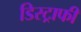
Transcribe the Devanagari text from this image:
डिस्ट्राफी